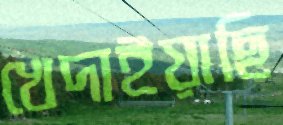
খেদাইয়াছি